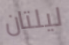
ليلتان